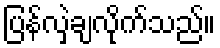
ပြန်လှဲချလိုက်သည်။